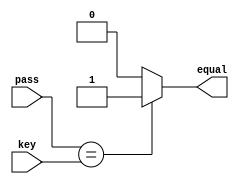
/*--  *******************************************************
--  Computer Architecture Course, Laboratory Sources 
--  Amirkabir University of Technology (Tehran Polytechnic)
--  Department of Computer Engineering (CE-AUT)
--  https://ce[dot]aut[dot]ac[dot]ir
--  *******************************************************
--  All Rights reserved (C) 2019-2020
--  *******************************************************
--  Student ID  : 
--  Student Name: 
--  Student Mail: 
--  *******************************************************
--  Additional Comments:
--
--*/

/*-----------------------------------------------------------
---  Module Name: Password Checker Unit
---  Description: Module7: 
-----------------------------------------------------------*/
`timescale 1 ns/1 ns

module PassCheckUnit (
	input  [ 1:0] pass   , // input  [user   password]
	input  [ 1:0] key    , // input  [system password]
	output        equal    // output [(pass==key) : 1]
);

	/* write your code here */
	assign equal = (pass == key) ? 1'b1: 1'b0;
	/* write your code here */

endmodule